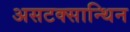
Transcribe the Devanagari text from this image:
असटक्सान्थिन